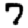
Digit: 7